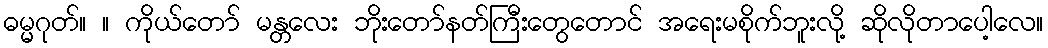
ဓမ္မဂုတ်။ ။ ကိုယ်တော် မန္တလေး ဘိုးတော်နတ်ကြီးတွေတောင် အရေးမစိုက်ဘူးလို့ ဆိုလိုတာပေါ့လေ။